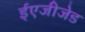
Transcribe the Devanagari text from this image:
ईएजीजेड